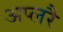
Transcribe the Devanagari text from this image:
अप्लरै